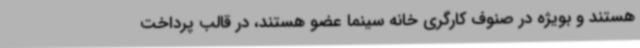
هستند و بویژه در صنوف کارگری خانه سینما عضو هستند، در قالب پرداخت